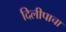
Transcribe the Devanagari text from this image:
दिलीपाचा